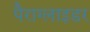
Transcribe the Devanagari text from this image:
पैराग्लाइडर